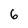
Character: 6